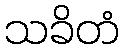
သခိတံ